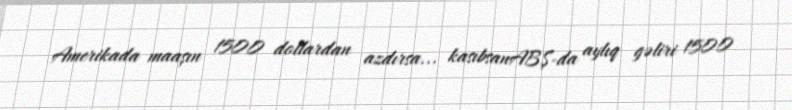
Amerikada maaşın 1500 dollardan azdırsa... kasıbsanABŞ-da aylıq gəliri 1500